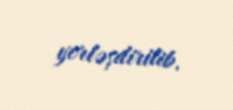
yerləşdirilib.